Scottish assistants in French and German schools and colleges, 1939
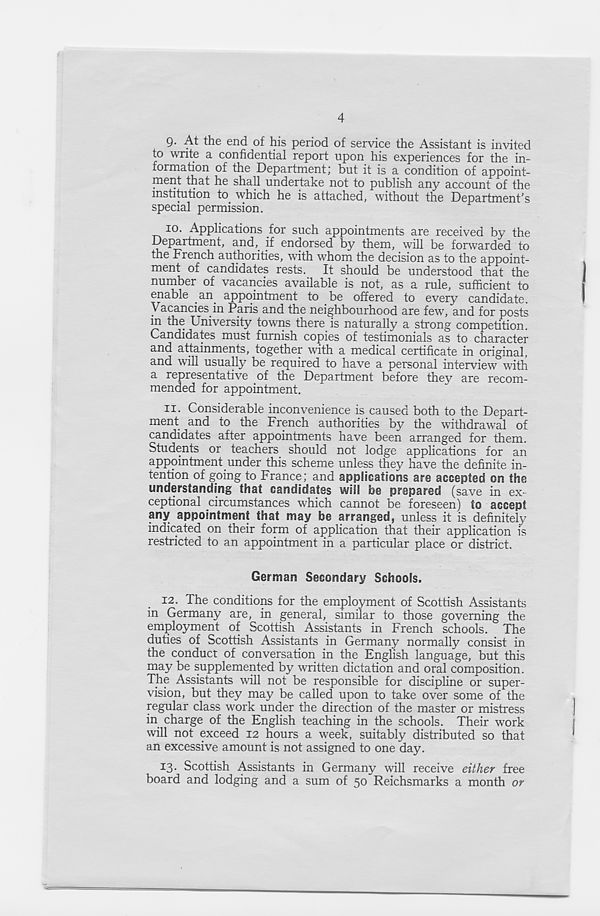
4
g. At the end of his period of service the Assistant is invited
to write a confidential report upon his experiences for the in-
formation of the Department; but it is a condition of appoint-
ment that he shall undertake not to publish any account of the
institution to. which he is attached, without the Department’s
special permission.
10. Applications for such appointments are received by the
Department, and, if endorsed by them, will be forwarded to
the French authorities, with whom the decision as to the appoint-
ment of candidates rests. It should be understood that the
number of vacancies available is not, as a rule, sufficient to
enable an. appointment to be offered to every candidate.
Vacancies in Paris and the neighbourhood are few, and for posts
in the University towns there is naturally a strong competition.
Candidates must furnish copies of testimonials as to character
and attainments, together with a medical certificate in original,
and will usually be required to have a personal interview with
a representative of the Department before they are recom-
mended for appointment.
11. Considerable inconvenience is caused both to the Depart-
ment. and to the French authorities by the withdrawal of
candidates after appointments have been arranged for them.
Students or teachers should not lodge applications for an
appointment, under this scheme unless they have the definite in-
tention of going to France; and applications are accepted on the
understanding that candidates will be prepared (save in ex
ceptional circumstances which cannot be foreseen) to accept
any appointment that may be arranged, unless it is definitely
indicated on their form of application that their application is
restricted to an appointment in a particular place or district.
German Secondary Schools.
12. The conditions for the employment of Scottish Assistants
in Germany are, in general, similar to those governing the
employment of Scottish Assistants in French schools. The
duties of Scottish Assistants in Germany normally consist in
the conduct of conversation in the English language, but this
may be supplemented by written dictation and oral composition.
The Assistants will not be responsible for discipline or super-
vision, but they may be called upon to take over some of the
regular class work under the direction of the master or mistress
in charge of the English teaching in the schools. Their work
will not exceed 12 hours a week, suitably distributed so that
an excessive amount is not assigned to one day.
13. Scottish Assistants in Germany will receive either free
board and lodging and a sum of 50 Reichsmarks a month or